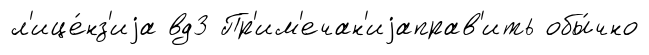
л'ице́нз'иjа вд3 Пр'им'ечан'иjаправ'ить обы́чно